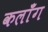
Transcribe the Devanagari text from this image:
कलाँग